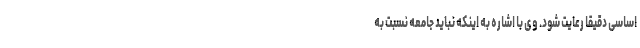
اساسی دقیقاً رعایت شود. وی با اشاره به اینکه نباید جامعه نسبت به